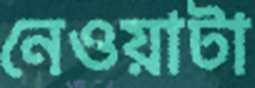
নেওয়াটা